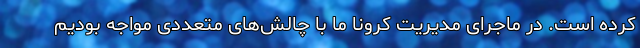
کرده است. در ماجرای مدیریت کرونا ما با چالش‌های متعددی مواجه بودیم